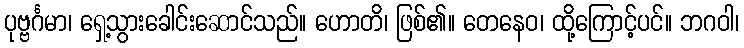
ပုဗ္ဗင်္ဂမာ၊ ရှေ့သွားခေါင်းဆောင်သည်။ ဟောတိ၊ ဖြစ်၏။ တေနေဝ၊ ထို့ကြောင့်ပင်။ ဘဂဝါ၊